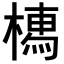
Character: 𣚐